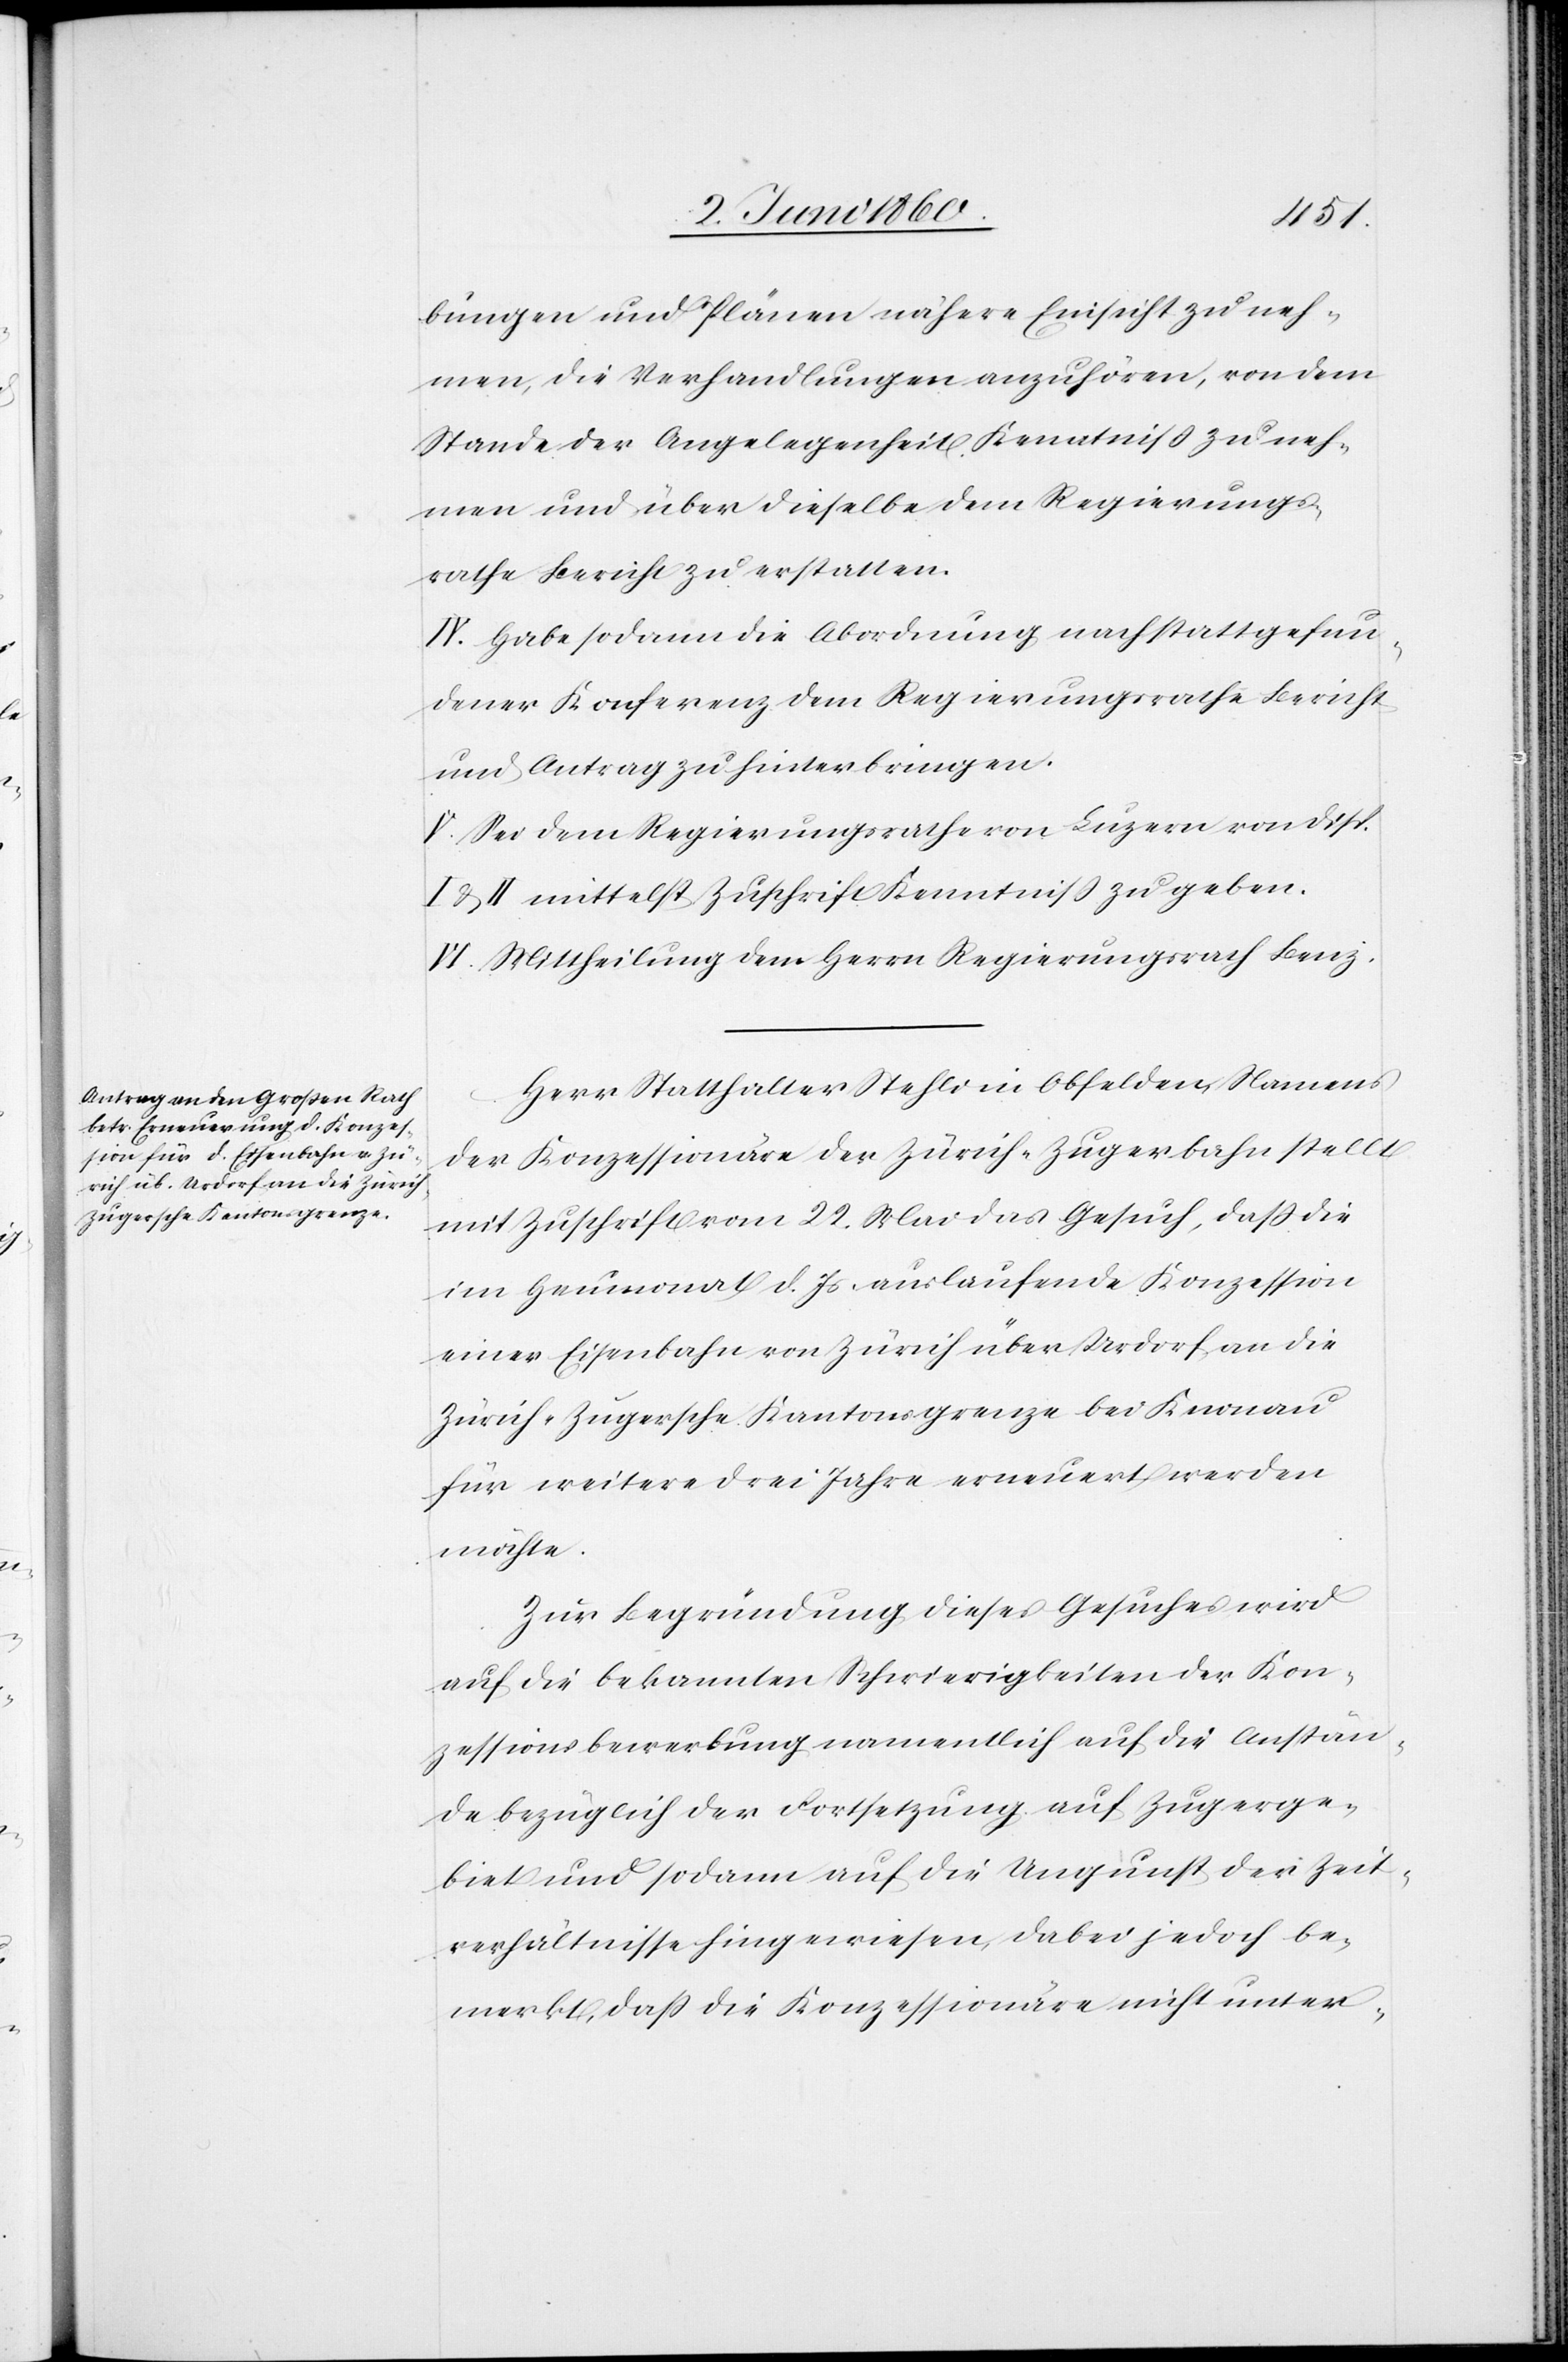
bungen und Plänen nähere Einsicht zu neh¬
men, die Verhandlungen anzuhören, von dem
Stande der Angelegenheit Kenntniss zu neh¬
men und über dieselbe dem Regierungs¬
rathe Bericht zu erstatten.
IV. Habe sodann die Abordnung nach stattgefun¬
dener Konferenz dem Regierungsrathe Bericht
und Antrag zu hinterbringen.
V. Sei dem Regierungsrath von Luzern von Disp.
u. II mittelst Zuschrift Kenntniss zu geben.
VI. Mittheilung dem Herrn Regierungsrath Benz.
Herr Statthalter Stehli in Obfelden, Namens
der Konzessionäre der Zürich-Zugerbahn stellt
mit Zuschrift vom 22. Mai das Gesuch, daß die
im Heumonat d. Js. auslaufende Konzession
einer Eisenbahn von Zürich über Urdorf an die
Zürich-Zugersche Kantonsgrenze bei Knonau
für weitere drei Jahre erneuert werden
möchte.
Zur Begründung dieses Gesuches wird
auf die bekannten Schwierigkeiten der Kon¬
zessionsbewerbung namentlich auf die Anstän¬
de bezüglich der Fortsetzung auf Zugerge¬
biet und sodann auf die Ungunst der Zeit¬
verhältnisse hingewiesen, dabei jedoch be¬
merkt, dass die Konzessionäre nicht unter-